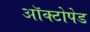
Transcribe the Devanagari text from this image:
ऑक्टोपेड